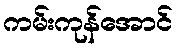
ကမ်းကုန်အောင်